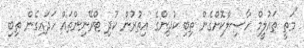
"މަތީ ތައުލީމް ހާސިލްކޮށްގެން ތިބި ކުދިންގެ އިތުރުން ކުދި ޓްރޭނިންތައް ހަދައިގެން ތިބި